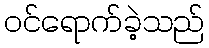
ဝင်ရောက်ခဲ့သည်